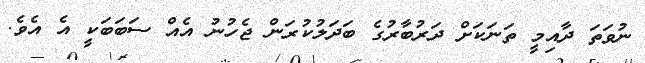
ނުވަތަ ދާއިމީ ތަނަކަށް ދަރުބާރުގެ ބަދަލުކުރަން ޖެހުނު އެއް ސަބަބަކީ އެ އެވެ.